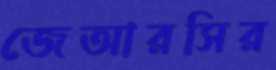
জেআরসির